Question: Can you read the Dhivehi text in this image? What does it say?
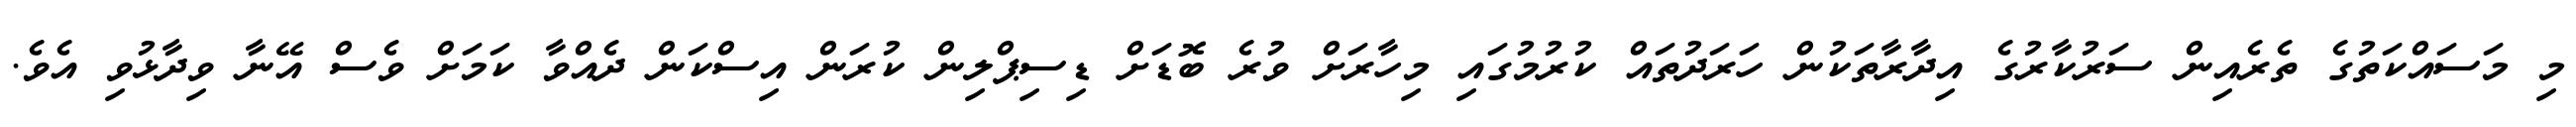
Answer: މި މަސައްކަތުގެ ތެރެއިން ސަރުކާރުގެ އިދާރާތަކުން ހަރަދުތައް ކުރުމުގައި މިހާރަށް ވުރެ ބޮޑަށް ޑިސިޕްލިން ކުރަން އިސްކަން ދެއްވާ ކަމަށް ވެސް އޭނާ ވިދާޅުވި އެވެ.